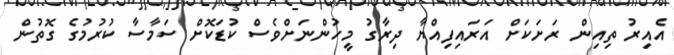
އެއިރު ތިއިން ރަށަކަށް އަރައިފިއްޔާ ދިރާގު މީހުންނަށްވެސް ކުޑަކޮށް ސަމާސާ ކުރުމުގެ ގޮތުން